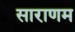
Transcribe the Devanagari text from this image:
साराणम